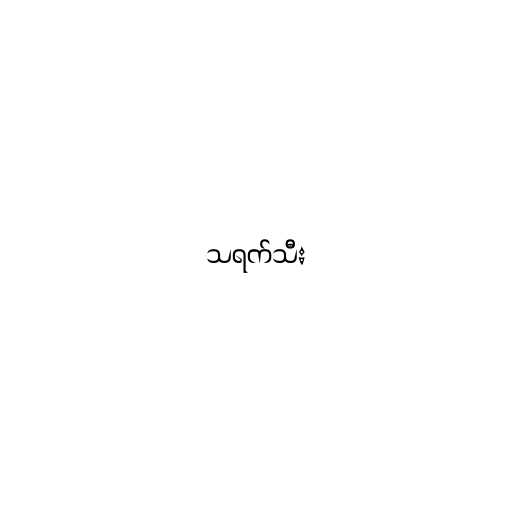
သရက်သီး